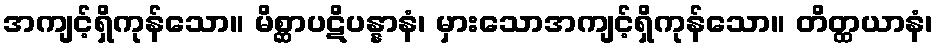
အကျင့်ရှိကုန်သော။ မိစ္ဆာပဋိပန္နာနံ၊ မှားသောအကျင့်ရှိကုန်သော။ တိတ္ထယာနံ၊